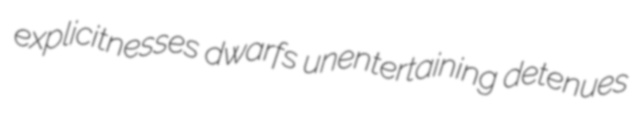
explicitnesses dwarfs unentertaining detenues